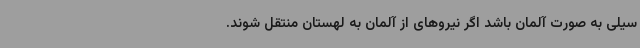
سیلی به صورت آلمان باشد اگر نیروهای از آلمان به لهستان منتقل شوند.